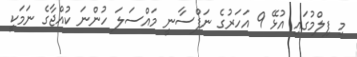
މި ފިލްމުގައި އުޅޭ 9 އަހަރުގެ ނަފްސާނީ މައްސަލަ ހުންނަ ކުއްޖާގެ ނަމަކީ